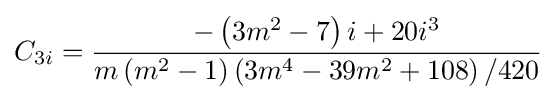
C_{3i}={\frac {-\left({3m^{2}-7}\right)i+20i^{3}}{m\left({m^{2}-1}\right)\left({3m^{4}-39m^{2}+108}\right)/420}}